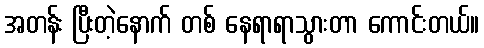
အတန်း ပြီးတဲ့နောက် တစ် နေရာရာသွားတာ ကောင်းတယ်။